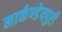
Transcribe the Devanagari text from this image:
मार्कण्डेयपुरी